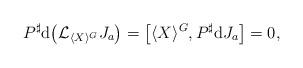
LaTeX: \begin{gather*}P^{\sharp}\mathrm{d}\big({\mathcal L}_{\langle X\rangle^{G}}J_{a}\big)= \big[\langle X\rangle^{G},P^{\sharp}\mathrm{d}J_{a}\big] =0,\end{gather*}